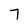
Character: 7